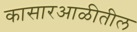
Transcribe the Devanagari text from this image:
कासारआळीतील